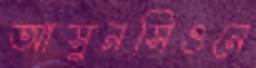
আসুনসিওনে